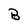
Character: B